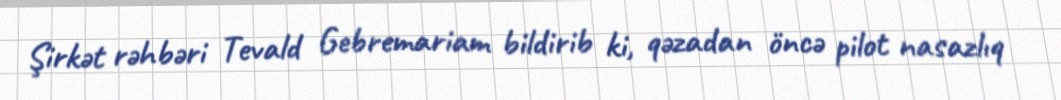
Şirkət rəhbəri Tevald Gebremariam bildirib ki, qəzadan öncə pilot nasazlıq